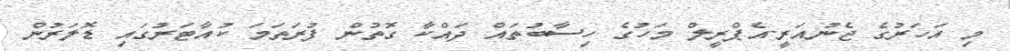
މި އަހަރުގެ ޖެނުއަރީ-އެޕްރީލް މަހުގެ ހިސާބުތައް ދައްކާ ގޮތުން ފުރަތަމަ ކުއާޓަރުގައި ޑޮލަރުން